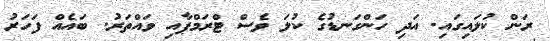
ރަން ކުލައިގައި. އަދި ހަންގަނޑުގެ ކުލަ ވެސް ޓްރަމްޕާއި ވައްތަރު. ބައެއް ފަހަރު